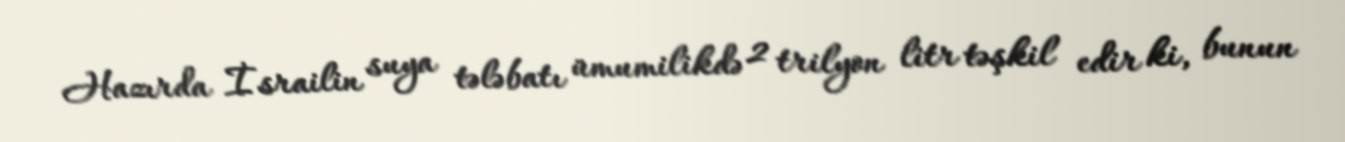
Hazırda İsrailin suya tələbatı ümumilikdə 2 trilyon litr təşkil edir ki, bunun